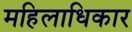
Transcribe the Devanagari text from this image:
महिलाधिकार